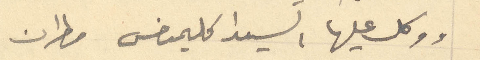
ووكل عليها السيد اكليمنضس مطران